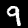
Digit: 9